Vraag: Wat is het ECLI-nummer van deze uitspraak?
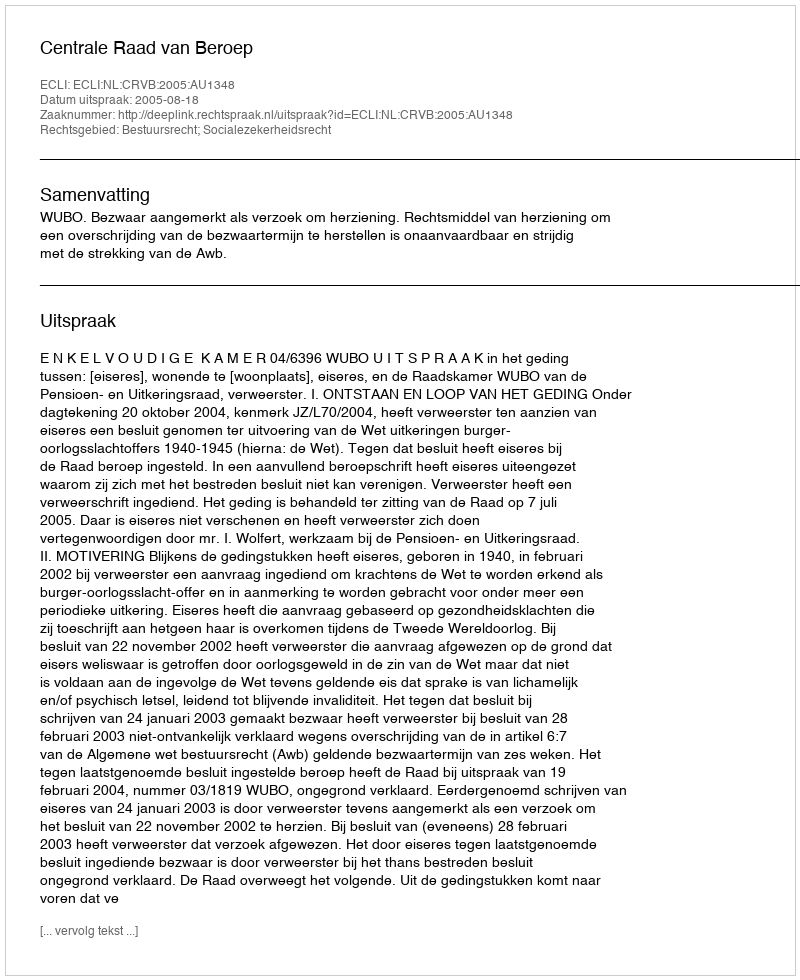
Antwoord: ECLI:NL:CRVB:2005:AU1348